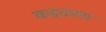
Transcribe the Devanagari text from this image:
कहताला